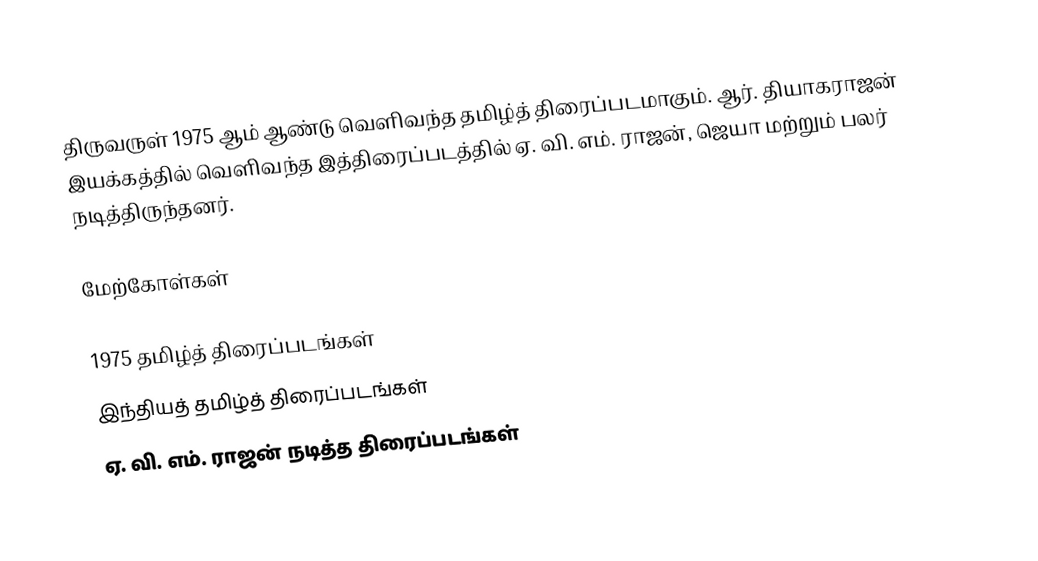
திருவருள் 1975 ஆம் ஆண்டு வெளிவந்த தமிழ்த் திரைப்படமாகும். ஆர். தியாகராஜன் இயக்கத்தில் வெளிவந்த இத்திரைப்படத்தில் ஏ. வி. எம். ராஜன், ஜெயா மற்றும் பலர் நடித்திருந்தனர்.

மேற்கோள்கள்

1975 தமிழ்த் திரைப்படங்கள்
இந்தியத் தமிழ்த் திரைப்படங்கள்
ஏ. வி. எம். ராஜன் நடித்த திரைப்படங்கள்